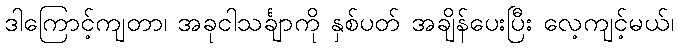
ဒါကြောင့်ကျတာ၊ အခုငါသင်္ချာကို နှစ်ပတ် အချိန်ပေးပြီး လေ့ကျင့်မယ်၊